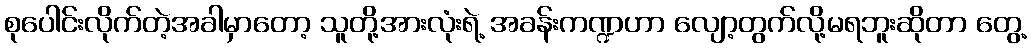
စုပေါင်းလိုက်တဲ့အခါမှာတော့ သူတို့အားလုံးရဲ့ အခန်းကဏ္ဍဟာ လျော့တွက်လို့မရဘူးဆိုတာ တွေ့